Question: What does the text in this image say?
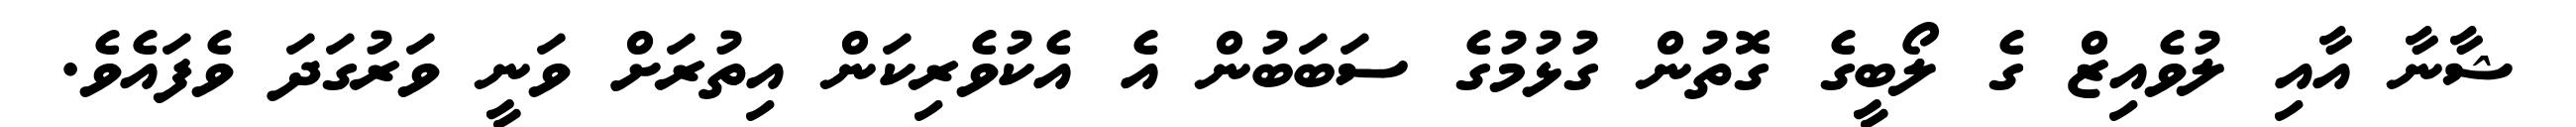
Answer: ޝާނާ އާއި ލުވެއިޒް ގެ ލޯބީގެ ގޮތުން ގުޅުމުގެ ސަބަބުން އެ އެކުވެރިކަން އިތުރަށް ވަނީ ވަރުގަދަ ވެފައެވެ.